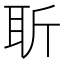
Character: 𦕄